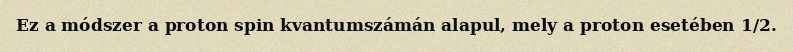
Ez a módszer a proton spin kvantumszámán alapul, mely a proton esetében 1/2.